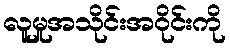
လူမှုအသိုင်းအဝိုင်းကို